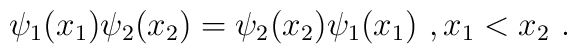
\psi_1(x_1)\psi_2(x_2)=\psi_2(x_2)\psi_1(x_1) \ , x_1<x_2 \ .